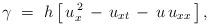
\begin{align*} \gamma\ =\ h\left[\,u_x^{\,2}\,-\,u_{xt}\,-\,u\,u_{xx}\,\right],\end{align*}